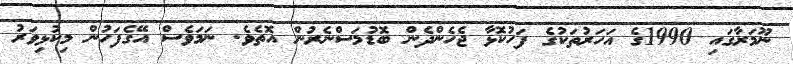
ނޫމަރާގައި 1990ގެ އަހަރުތަކުގެ ފަހުކޮޅާ ޖެހެންދެން ބޮޑުމަސްނެރުން އޮތެވެ. ނަމަވެސް އޭގެފަހުން މިކުޅިވަރު